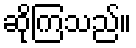
ဆိုကြသည်။